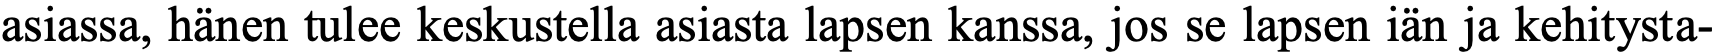
asiassa, hänen tulee keskustella asiasta lapsen kanssa, jos se lapsen iän ja kehitysta-